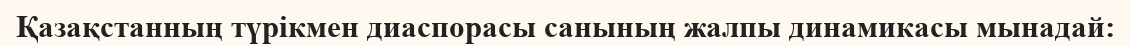
Қазақстанның түрікмен диаспорасы санының жалпы динамикасы мынадай: